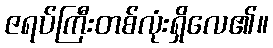
ဇရပ်ကြီးတစ်လုံးရှိလေ၏။